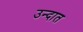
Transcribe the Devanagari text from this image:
उन्दात